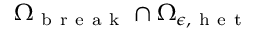
{ \Omega } _ { \mathrm { ~ b ~ r ~ e ~ a ~ k ~ } } \cap { \Omega } _ { \epsilon , \mathrm { ~ h ~ e ~ t ~ } }